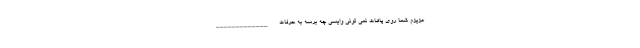
عزیزم شما روی پاهات نمی تونی وایسی چه برسه به حرفات _____________